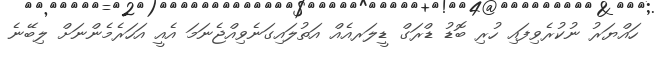
ހައްޔަރު ނުކުރެވިފައި ހުރި ބޮޑު ޑްރަގް ޑީލަރއެއް އަތުލައިގަނެވިއްޖެނަމަ އެއީ އަހަރެމެންނަށް ލިބޭނެ